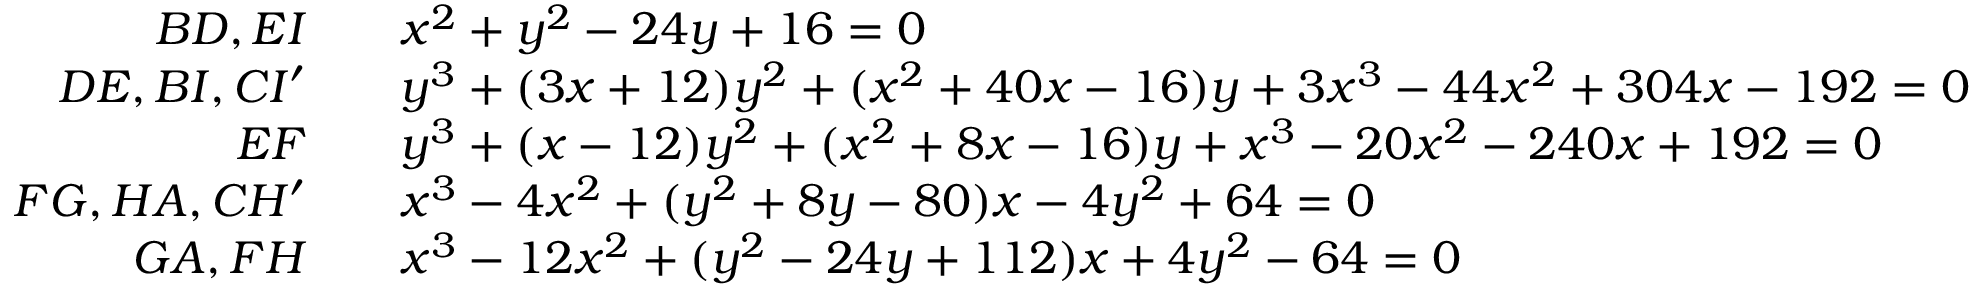
\begin{array} { r l } { B D , E I } & { \quad x ^ { 2 } + y ^ { 2 } - 2 4 y + 1 6 = 0 } \\ { D E , B I , C I ^ { \prime } } & { \quad y ^ { 3 } + ( 3 x + 1 2 ) y ^ { 2 } + ( x ^ { 2 } + 4 0 x - 1 6 ) y + 3 x ^ { 3 } - 4 4 x ^ { 2 } + 3 0 4 x - 1 9 2 = 0 } \\ { E F } & { \quad y ^ { 3 } + ( x - 1 2 ) y ^ { 2 } + ( x ^ { 2 } + 8 x - 1 6 ) y + x ^ { 3 } - 2 0 x ^ { 2 } - 2 4 0 x + 1 9 2 = 0 } \\ { F G , H A , C H ^ { \prime } } & { \quad x ^ { 3 } - 4 x ^ { 2 } + ( y ^ { 2 } + 8 y - 8 0 ) x - 4 y ^ { 2 } + 6 4 = 0 } \\ { G A , F H } & { \quad x ^ { 3 } - 1 2 x ^ { 2 } + ( y ^ { 2 } - 2 4 y + 1 1 2 ) x + 4 y ^ { 2 } - 6 4 = 0 } \end{array}